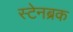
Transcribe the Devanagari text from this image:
स्टेनब्रक